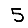
Digit: 5